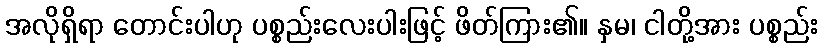
အလိုရှိရာ တောင်းပါဟု ပစ္စည်းလေးပါးဖြင့် ဖိတ်ကြား၏။ နှမ၊ ငါတို့အား ပစ္စည်း